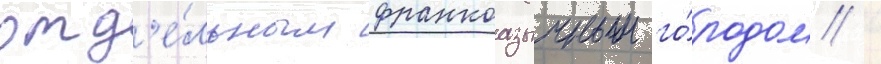
отд'е́льным франкоазычным го́родом /